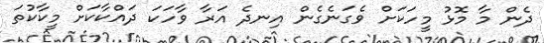
ދެން މާ މޮޅު މީހަކަށް ވެގަނެގެން އިނދެ އަރާ ވާހަކަ ދައްކާކަށް މީކާކުތަ